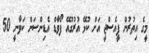
މީގެ އިތުރުން ޕީއެސްޖީ އަށް ކުޅޭ އުރުގުއޭ ފޯވާޑް އެޑިންސަން ކަވާނީ 50